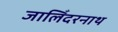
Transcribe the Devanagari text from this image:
जालिँदरनाथ